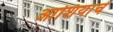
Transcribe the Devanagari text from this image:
आशियाचे